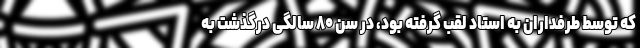
که توسط طرفداران به استاد لقب گرفته بود، در سن ۸۰ سالگی درگذشت به